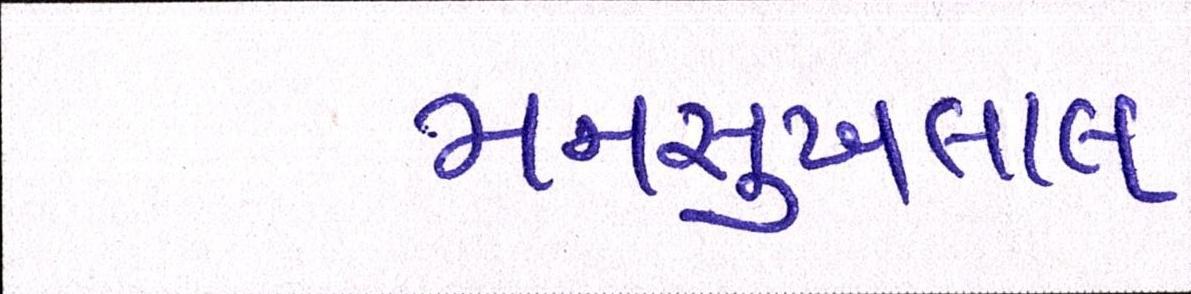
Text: મનસુખલાલ